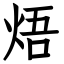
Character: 焐